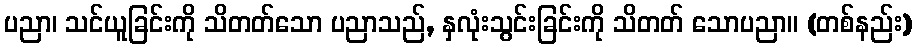
ပညာ၊ သင်ယူခြင်းကို သိတတ်သော ပညာသည်, နှလုံးသွင်းခြင်းကို သိတတ် သောပညာ။ (တစ်နည်း)